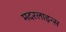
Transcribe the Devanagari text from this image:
मदरलाइन्स